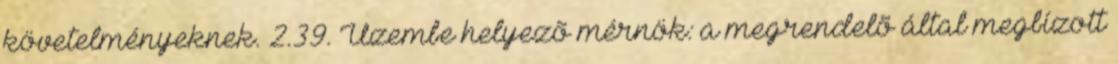
követelményeknek. 2.39. Üzembe helyezõ mérnök: a megrendelõ által megbízott